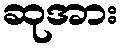
ဆုအား